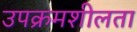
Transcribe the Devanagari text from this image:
उपक्रमशीलता